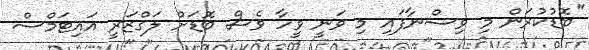
"ބޮޑުކުރަން މި ވިސްނާފައި މި ވަނީ ވީހާ ވެސް ބޮޑަށް ލަގްޒަރީ އައިޓަމްސް